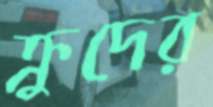
ক্রুদের